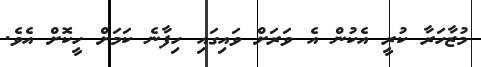
މުޒާހަރާ ކުރީ އެކުން އެ ވަރަށް ވައިގައި ހިފާނެ ކަމަށް ހީކޮށް އެވެ.